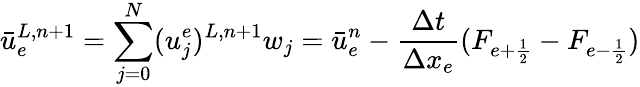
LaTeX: \bar{u}_{e}^{L,n+1}=\sum_{j=0}^{N}(u_{j}^{e})^{L,n+1}w_{j}=\bar{u}_{e}^{n}-\frac{\Delta t}{\Delta x_{e}}(F_{e+\frac{1}{2}}-F_{e-\frac{1}{2}})